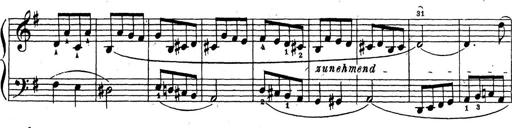
Title: 10 Sonatinas
Composer: Fritz Spindler